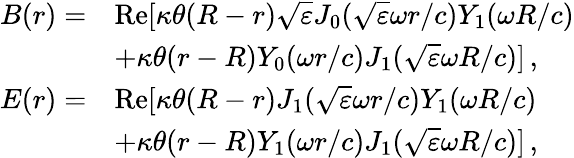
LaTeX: \begin{array}{rl}{B(r)=}&{\mathrm{Re}[\kappa\theta(R-r)\sqrt{\varepsilon}J_{0}(\sqrt{\varepsilon}\omega r/c)Y_{1}(\omega R/c)}\\ &{+\kappa\theta(r-R)Y_{0}(\omega r/c)J_{1}(\sqrt{\varepsilon}\omega R/c)]\, ,}\\ {E(r)=}&{\mathrm{Re}[\kappa\theta(R-r)J_{1}(\sqrt{\varepsilon}\omega r/c)Y_{1}(\omega R/c)}\\ &{+\kappa\theta(r-R)Y_{1}(\omega r/c)J_{1}(\sqrt{\varepsilon}\omega R/c)]\, ,}\end{array}